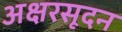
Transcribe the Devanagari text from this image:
अक्षरसूदन